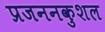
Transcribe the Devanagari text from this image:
प्रजननकुशल